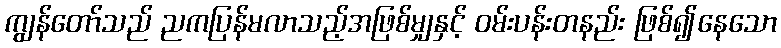
ကျွန်တော်သည် ညကပြန်မလာသည့်အဖြစ်မျှနှင့် ဝမ်းပန်းတနည်း ဖြစ်၍နေသော